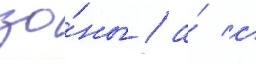
зо́ны / а́ с